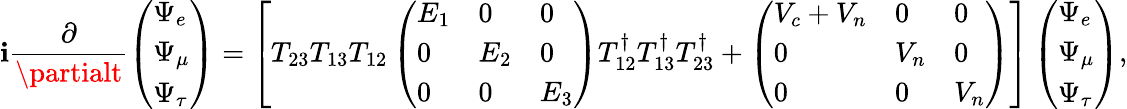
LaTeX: \mathbf{i}\frac{{\partial}}{{\partialt}}\left(\begin{array}{l}{{\Psi_{e}}}\\ {{\Psi_{\mu}}}\\ {{\Psi_{\tau}}}\end{array}\right)=\left[T_{23}T_{13}T_{12}\left(\begin{array}{lll}{{E_{1}}}&{{0}}&{{0}}\\ {{0}}&{{E_{2}}}&{{0}}\\ {{0}}&{{0}}&{{E_{3}}}\end{array}\right)T_{12}^{\dagger}T_{13}^{\dagger}T_{23}^{\dagger}+\left(\begin{array}{lll}{{V_{c}+V_{n}}}&{{0}}&{{0}}\\ {{0}}&{{V_{n}}}&{{0}}\\ {{0}}&{{0}}&{{V_{n}}}\end{array}\right)\right]\left(\begin{array}{l}{{\Psi_{e}}}\\ {{\Psi_{\mu}}}\\ {{\Psi_{\tau}}}\end{array}\right),